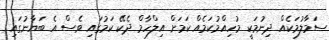
ސަމާލުމަކެއް ދިނުމަކީ މުހިއްމުކަމެއް ކަމަށް އިލްހާމް ދެކޭ ކަމުގައި ވެސް އެ ބަޔާނުގައި